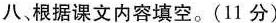
八、根据课文内容填空。(11分)